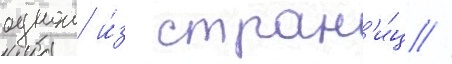
однои и́з стран'и́ц /